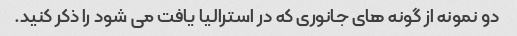
دو نمونه از گونه های جانوری که در استرالیا یافت می شود را ذکر کنید.